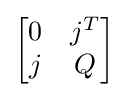
{\begin{bmatrix}0&j^{T}\\j&Q\end{bmatrix}}